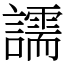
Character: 譳